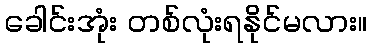
ခေါင်းအုံး တစ်လုံးရနိုင်မလား။